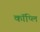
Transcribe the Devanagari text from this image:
कॉप्लि